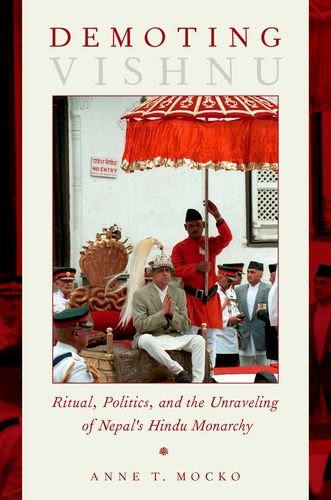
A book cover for Demoting Vishnu: Ritual, Politics, and the Unraveling of Nepal's Hindu Monarchy; Anne T. Mocko; Crafts, Hobbies & Home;